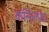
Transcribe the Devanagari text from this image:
कर्सिलामा